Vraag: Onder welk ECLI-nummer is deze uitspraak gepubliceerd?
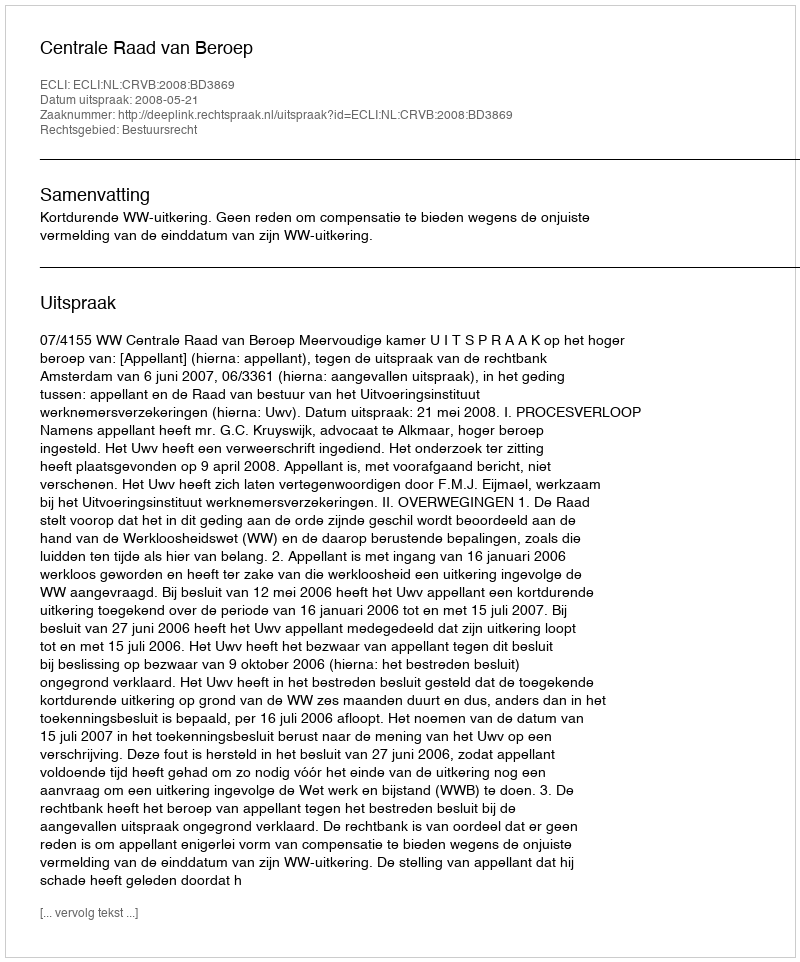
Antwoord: ECLI:NL:CRVB:2008:BD3869